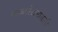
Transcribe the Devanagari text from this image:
काव्यलेखनासाठी